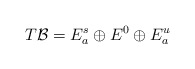
\begin{align*} T\mathcal{B} = E^s_a\oplus E^0\oplus E^u_a\end{align*}